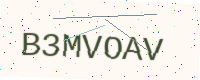
Text: B3MVOAV